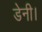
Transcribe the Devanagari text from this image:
डेनी।